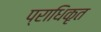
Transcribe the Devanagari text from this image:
प्राधिकृत